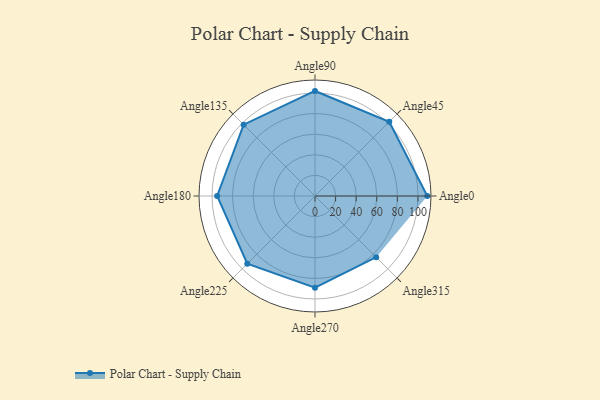
{"axis": {"x": "Angle", "y": "Radius"}, "legend": [""], "data": [{"x": "Angle0", "y": 109.0, "type": ""}, {"x": "Angle45", "y": 102.0, "type": ""}, {"x": "Angle90", "y": 102.0, "type": ""}, {"x": "Angle135", "y": 98.0, "type": ""}, {"x": "Angle180", "y": 95.0, "type": ""}, {"x": "Angle225", "y": 93.0, "type": ""}, {"x": "Angle270", "y": 89.0, "type": ""}, {"x": "Angle315", "y": 84.0, "type": ""}]}